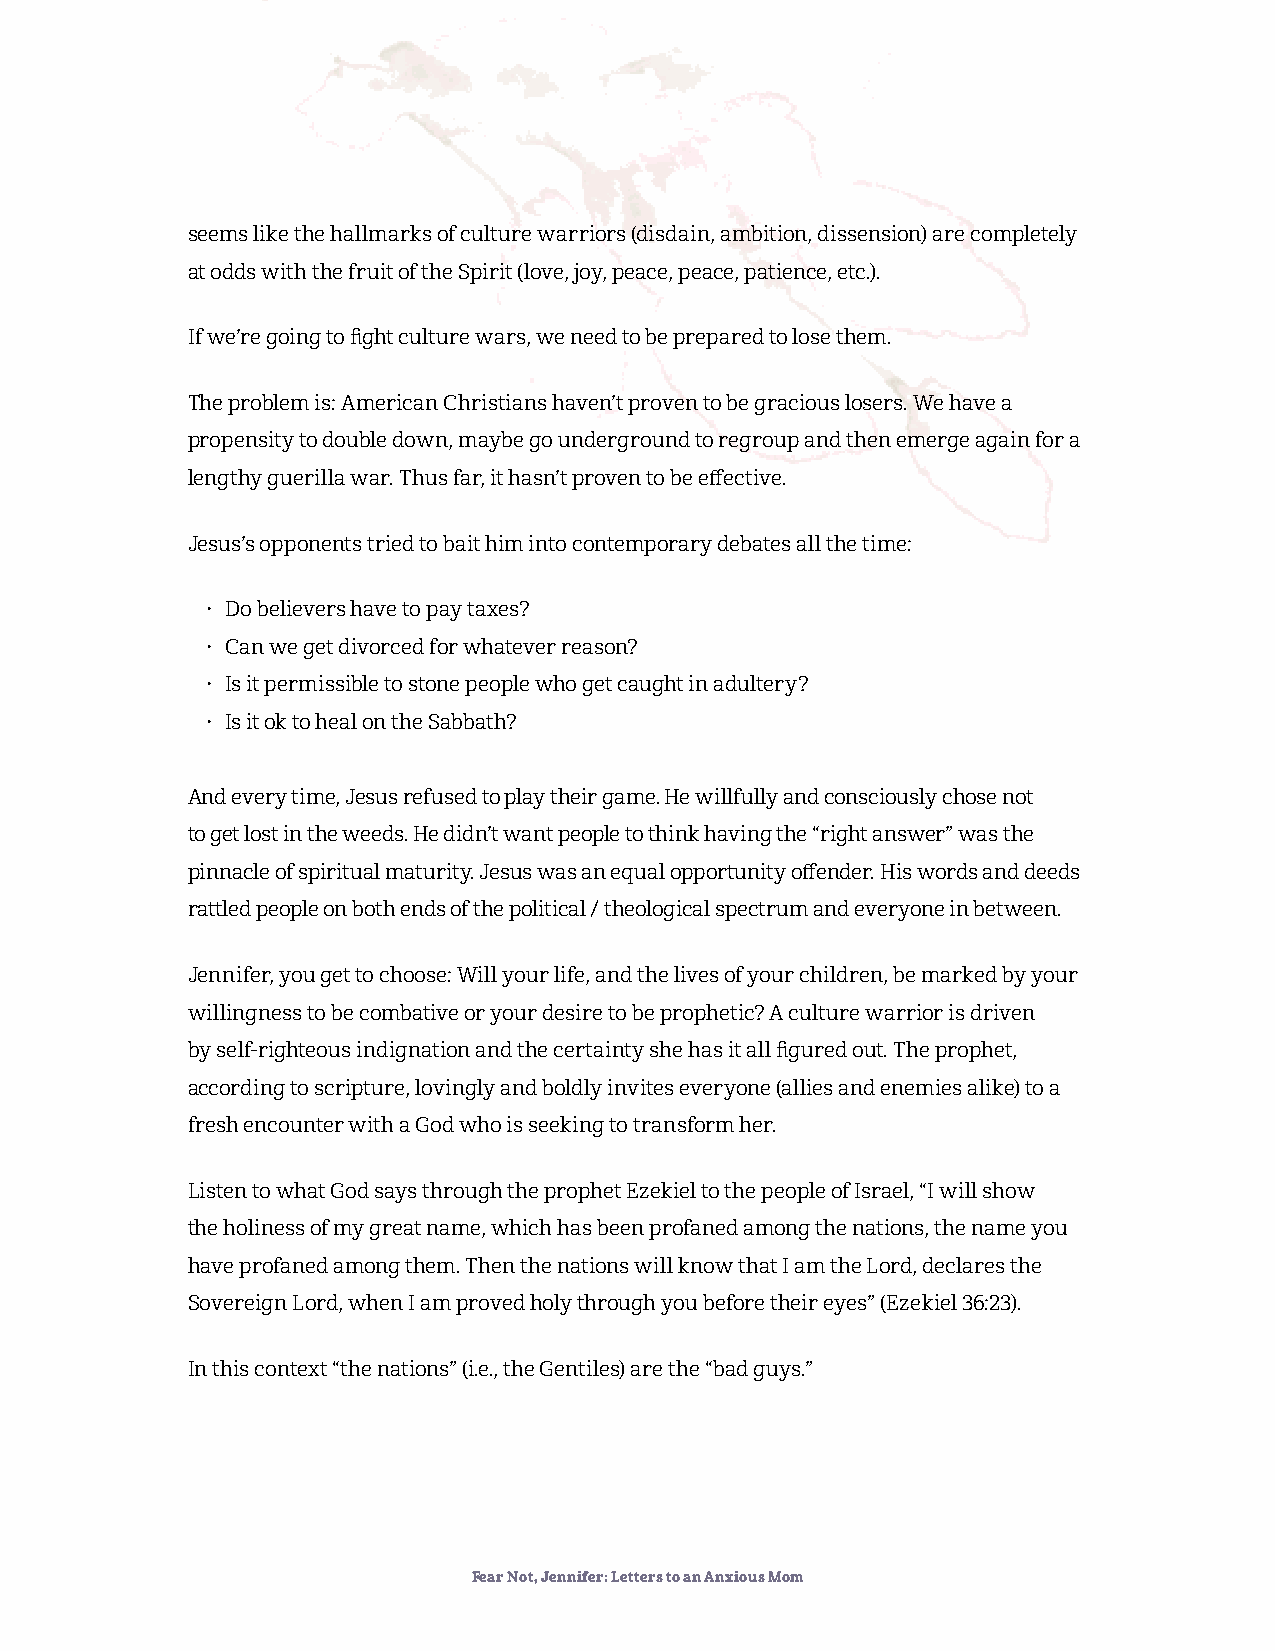
seems like the hallmarks of culture warriors (disdain, ambition, dissension) are completely
 at odds with the fruit of the Spirit (love, joy, peace, peace, patience, etc.).
 If we’re going to fight culture wars, we need to be prepared to lose them.
 The problem is: American Christians haven’t proven to be gracious losers. We have a
 propensity to double down, maybe go underground to regroup and then emerge again for a
 lengthy guerilla war. Thus far, it hasn’t proven to be effective.
 Jesus’s opponents tried to bait him into contemporary debates all the time:
 • Do believers have to pay taxes?
 • Can we get divorced for whatever reason?
 • Is it permissible to stone people who get caught in adultery?
 • Is it ok to heal on the Sabbath?
 And every time, Jesus refused to play their game. He willfully and consciously chose not
 to get lost in the weeds. He didn’t want people to think having the “right answer” was the
 pinnacle of spiritual maturity. Jesus was an equal opportunity offender. His words and deeds
 rattled people on both ends of the political / theological spectrum and everyone in between.
 Jennifer, you get to choose: Will your life, and the lives of your children, be marked by your
 willingness to be combative or your desire to be prophetic? A culture warrior is driven
 by self-righteous indignation and the certainty she has it all figured out. The prophet,
 according to scripture, lovingly and boldly invites everyone (allies and enemies alike) to a
 fresh encounter with a God who is seeking to transform her.
 Listen to what God says through the prophet Ezekiel to the people of Israel, “I will show
 the holiness of my great name, which has been profaned among the nations, the name you
 have profaned among them. Then the nations will know that I am the Lord, declares the
 Sovereign Lord, when I am proved holy through you before their eyes” (Ezekiel 36:23).
 In this context “the nations” (i.e., the Gentiles) are the “bad guys.”
 Fear Not, Jennifer: Letters to an Anxious Mom